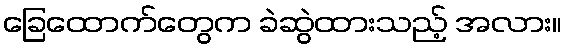
ခြေထောက်တွေက ခဲဆွဲထားသည့် အလား။